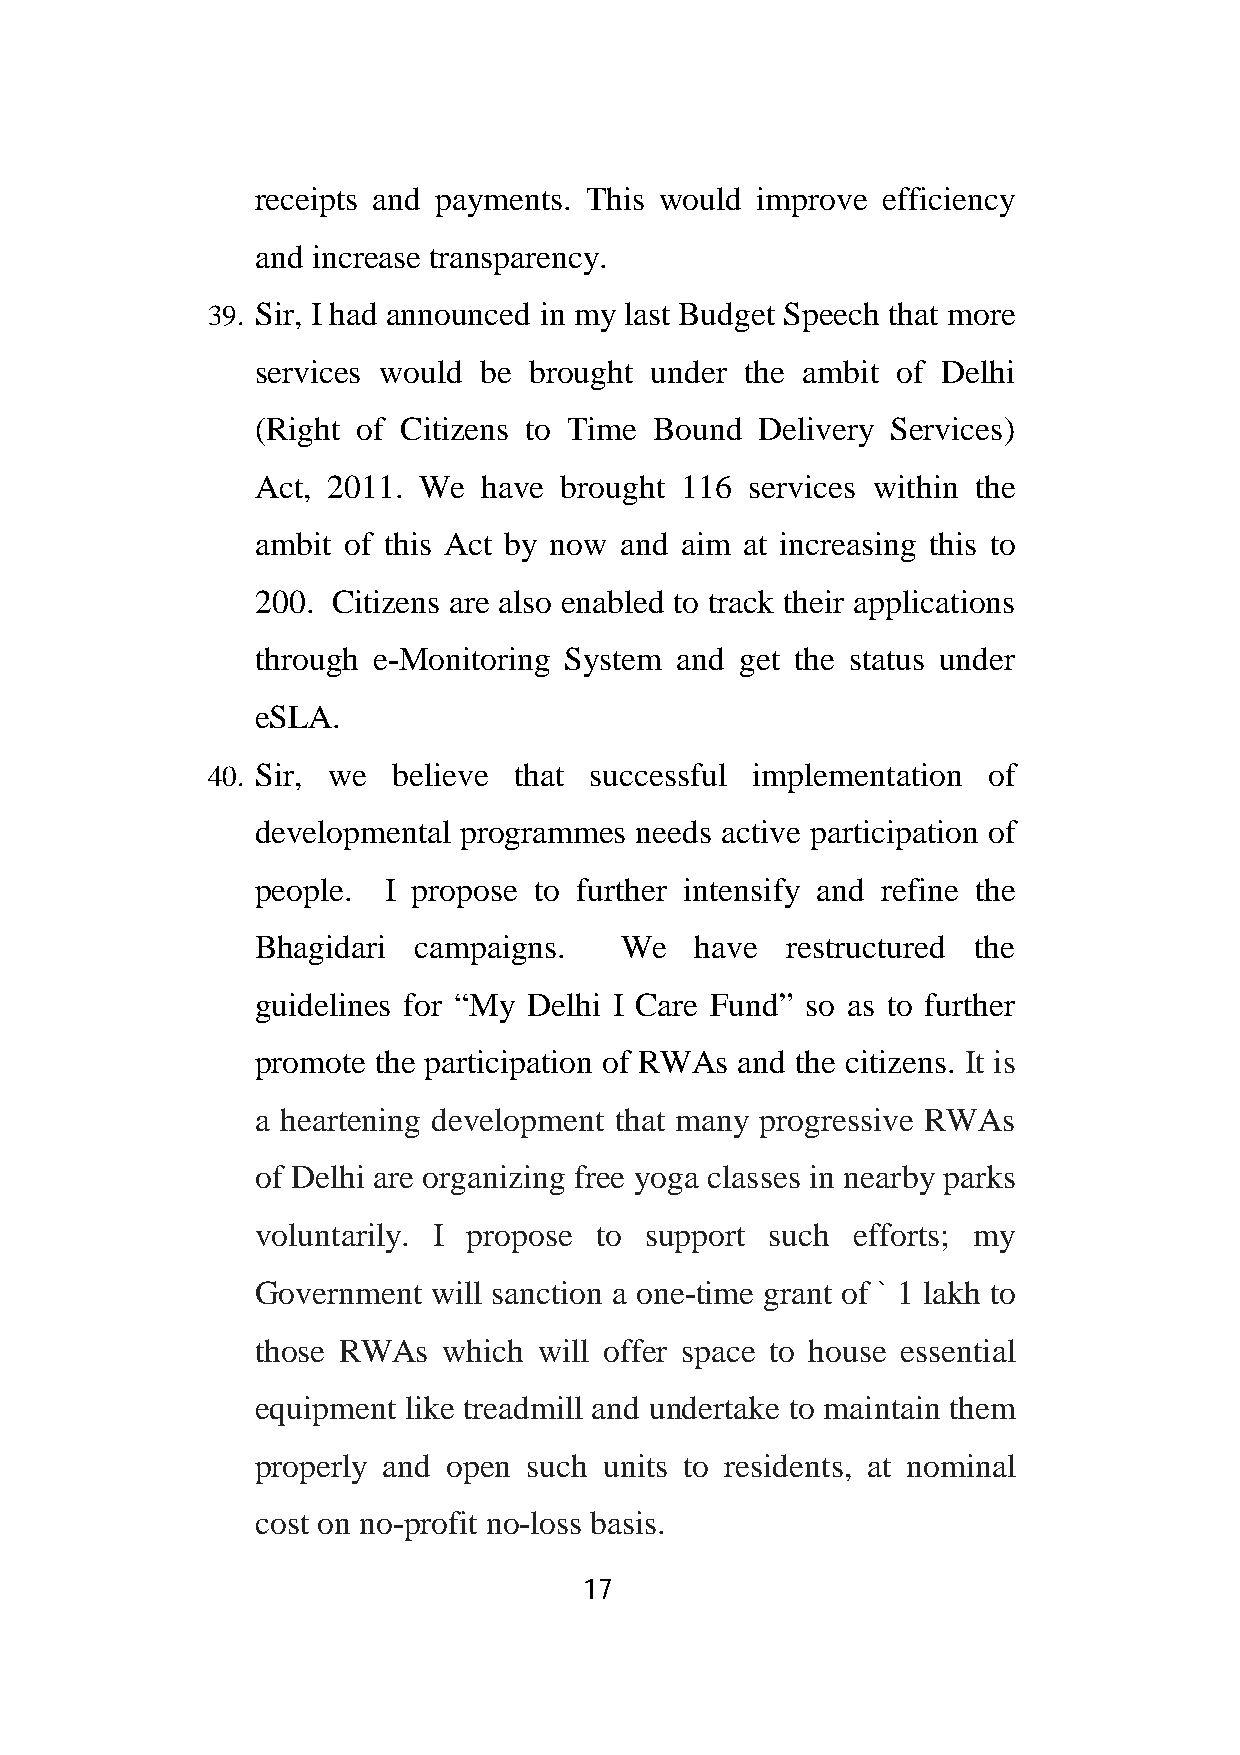
receipts and payments. This would improve efficiency
 and increase transparency.
 39. Sir, I had announced in my last Budget Speech that more
 services would be brought under the ambit of Delhi
 (Right of Citizens to Time Bound Delivery Services)
 Act, 2011. We  have brought 116  services within the
 ambit of this Act by now and aim at increasing this to
 200. Citizens are also enabled to track their applications
 through e-Monitoring System and get the status under
 eSLA.
 40. Sir, we believe that successful implementation of
 developmental programmes needs active participation of
 people.  I propose to further intensify and refine the
 Bhagidari campaigns.    We   have  restructured the
 guidelines for “My Delhi I Care Fund” so as to further
 promote the participation of RWAs and the citizens. It is
 a heartening development that many progressive RWAs
 of Delhi are organizing free yoga classes in nearby parks
 voluntarily. I propose to support such  efforts; my
 Government  will sanction a one-time grant of ` 1 lakh to
 those RWAs  which  will offer space to house essential
 equipment like treadmill and undertake to maintain them
 properly and open such units to residents, at nominal
 cost on no-profit no-loss basis.
 17